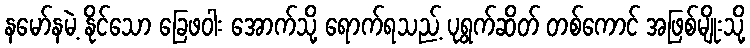
နမော်နမဲ့ နိုင်သော ခြေဖဝါး အောက်သို့ ရောက်ရသည့် ပုရွက်ဆိတ် တစ်ကောင် အဖြစ်မျိုးသို့